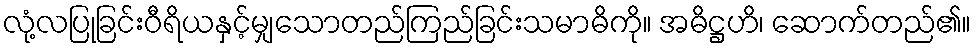
လုံ့လပြုခြင်းဝီရိယနှင့်မျှသောတည်ကြည်ခြင်းသမာဓိကို။ အဓိဋ္ဌဟိ၊ ဆောက်တည်၏။